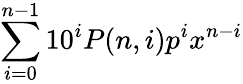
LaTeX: \sum_{i=0}^{n-1}10^{i}P(n,i)p^{i}x^{n-i}